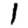
Digit: 1